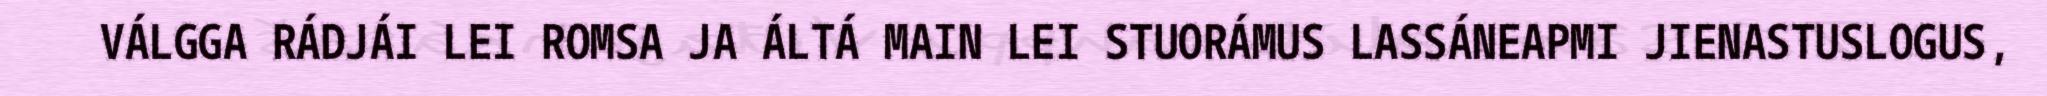
VÁLGGA RÁDJÁI LEI ROMSA JA ÁLTÁ MAIN LEI STUORÁMUS LASSÁNEAPMI JIENASTUSLOGUS,